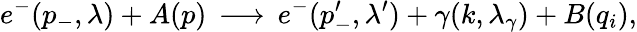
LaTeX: e^{-}(p_{-},\lambda)+A(p)\, \longrightarrow\, e^{-}(p_{-}^{\prime},\lambda^{\prime})+\gamma(k,\lambda_{\gamma})+B(q_{i}),